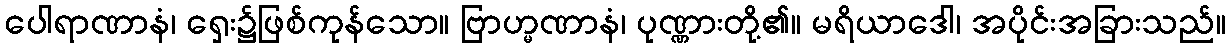
ပေါရာဏာနံ၊ ရှေး၌ဖြစ်ကုန်သော။ ဗြာဟ္မဏာနံ၊ ပုဏ္ဏားတို့၏။ မရိယာဒေါ၊ အပိုင်းအခြားသည်။